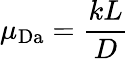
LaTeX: \mu_{\mathrm{Da}}=\frac{kL}{D}